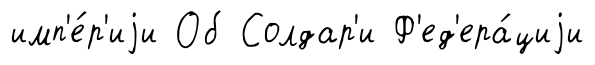
имп'е́р'иjи Об Солдар'и Ф'ед'ера́циjи